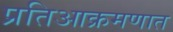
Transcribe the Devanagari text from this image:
प्रतिआक्रमणात